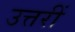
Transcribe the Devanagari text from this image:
उत्तरीं